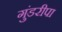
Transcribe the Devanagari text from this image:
गुंडरीपा